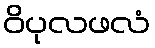
ဝိပုလဖလံ